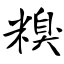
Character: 糗